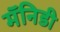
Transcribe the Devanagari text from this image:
मॅनिडी